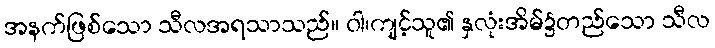
အနက်ဖြစ်သော သီလအရသာသည်။ ဝါ၊ကျင့်သူ၏ နှလုံးအိမ်၌တည်သော သီလ